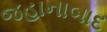
જહાનાબાદ